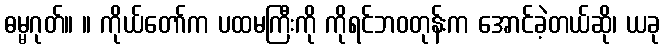
ဓမ္မဂုတ်။ ။ ကိုယ်တော်က ပထမကြီးကို ကိုရင်ဘဝတုန်းက အောင်ခဲ့တယ်ဆို၊ ယခု